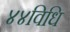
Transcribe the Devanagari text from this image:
४४विधि